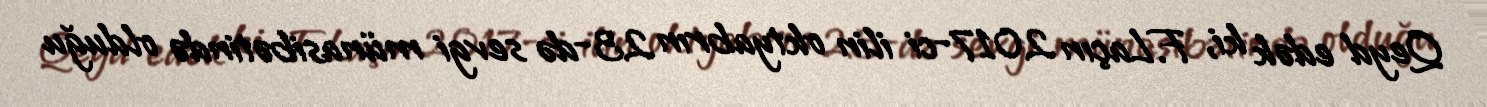
Qeyd edək ki, F.Laçın 2017-ci ilin oktyabrın 23-də sevgi münasibətində olduğu